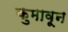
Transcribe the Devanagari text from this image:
कुमावून